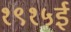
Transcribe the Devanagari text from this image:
१९१५ई